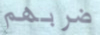
ضربهم